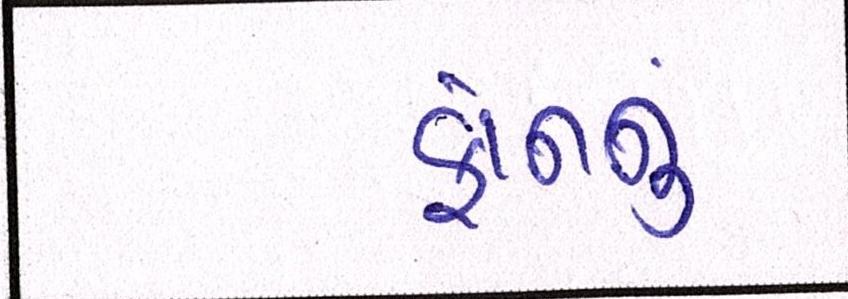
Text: ફોનનું